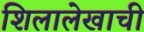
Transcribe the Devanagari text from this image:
शिलालेखाची